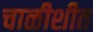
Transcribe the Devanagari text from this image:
चाळीशीत